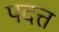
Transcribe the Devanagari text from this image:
पदत्त